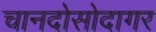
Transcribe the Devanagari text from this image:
चानदोसोदागर